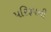
પરિરૂપની